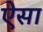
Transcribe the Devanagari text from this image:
ऐेसा